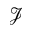
\mathcal { J }